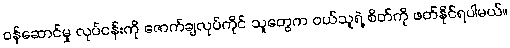
ဝန်ဆောင်မှု လုပ်ငန်းကို ဇောက်ချလုပ်ကိုင် သူတွေက ဝယ်သူရဲ့ စိတ်ကို ဖတ်နိုင်ရပါမယ်။